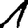
Digit: 1